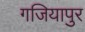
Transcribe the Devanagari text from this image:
गजियापुर